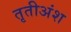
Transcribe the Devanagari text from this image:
तृतीअंश